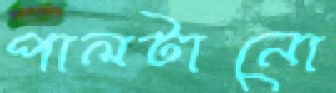
পালটানো